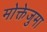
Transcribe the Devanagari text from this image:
मोक्तेजुमा